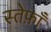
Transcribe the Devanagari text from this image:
स्तेफ़ाँ